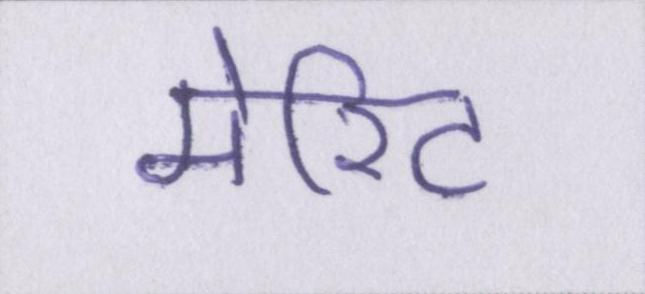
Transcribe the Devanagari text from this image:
मेरिट